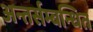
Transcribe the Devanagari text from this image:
अन्तर्सम्बन्धित